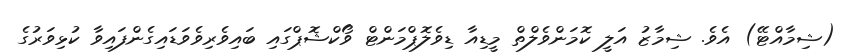
(ޝިމާއްޓޭ) އެވެ. ޝިމާޒު އަލީ ކޮމަންވެލްތް މީޑިއާ ޑިވެލޮޕްމަންޓް ވޯކްޝޮޕްގައި ބައިވެރިވެވަޑައިގެންފައިވާ ކުޅިވަރުގެ